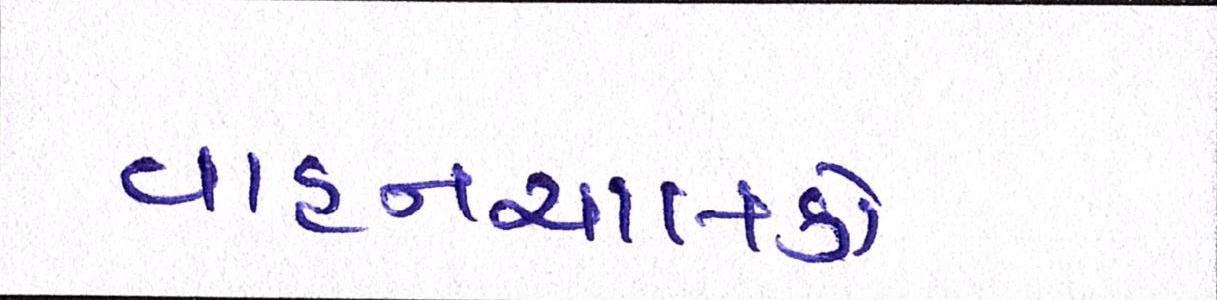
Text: વાહનચાલકો